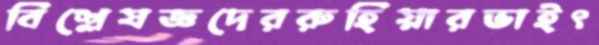
বিশ্লেষজ্ঞদেররুহিয়ারভাইৎ